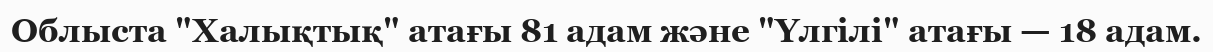
Облыста "Халықтық" атағы 81 адам және "Үлгілі" атағы — 18 адам.